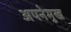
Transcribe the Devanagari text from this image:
अपनेमुख